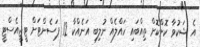
އެ ޝަކުވާ ކޮށްކޮށް ތިއްބައި ހައްލެއް ނުލިބި އަނެއްކާ 12 ޕަސެންޓަށް ޓީޖީއެސްޓީ